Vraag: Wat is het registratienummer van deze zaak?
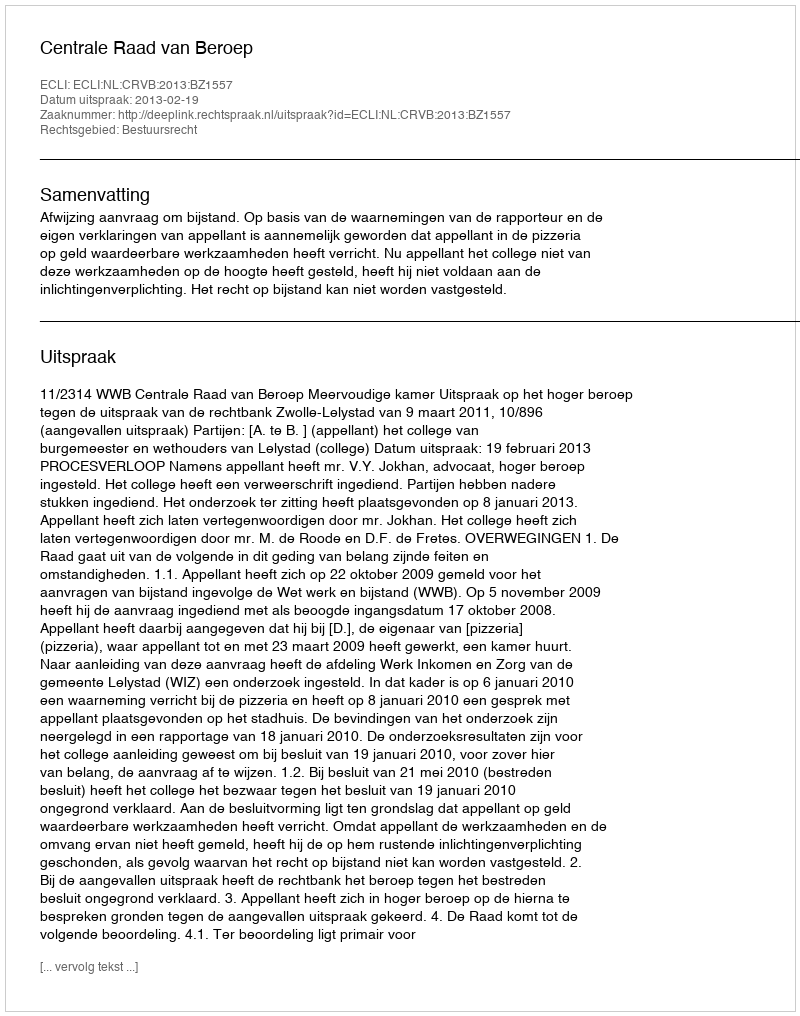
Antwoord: http://deeplink.rechtspraak.nl/uitspraak?id=ECLI:NL:CRVB:2013:BZ1557